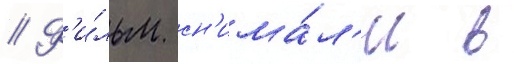
// Ф'и́льм сн'има́л'и в